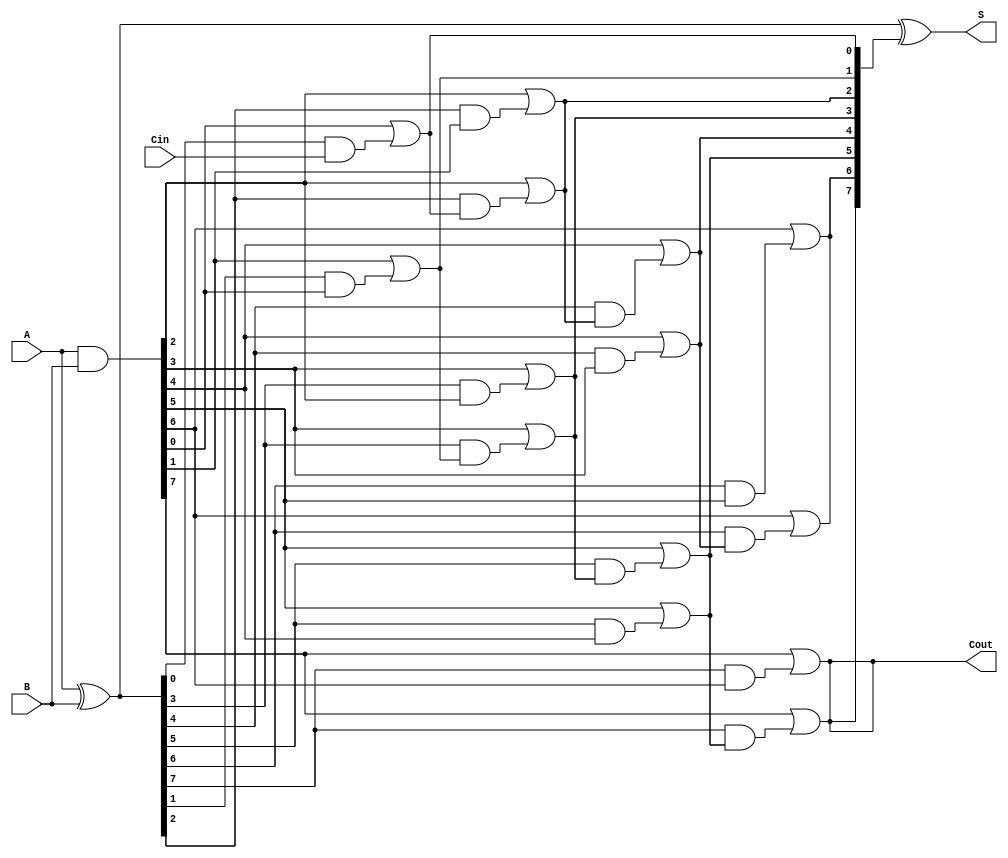
module SklanskyAdder #(parameter N = 8) (
    input  wire [N-1:0] A,         // First n-bit input
    input  wire [N-1:0] B,         // Second n-bit input
    input  wire       Cin,          // Carry-in
    output wire [N-1:0] S,          // n-bit sum output
    output wire       Cout          // Carry-out
);

    // Generate and Propagate signals
    wire [N-1:0] G; // Generate signal
    wire [N-1:0] P; // Propagate signal
    wire [N:0] C;   // Carry signals

    // Generate and Propagate calculations
    assign G = A & B;           // G_i = A_i & B_i
    assign P = A ^ B;           // P_i = A_i ^ B_i

    // Carry signal calculations
    assign C[0] = Cin;          // Initial carry-in
    genvar i;
    
    // Level 1 Carry Calculations
    generate
        for (i = 0; i < N; i = i + 1) begin: carry_level_1
            if (i == 0) begin
                assign C[i + 1] = G[i] | (P[i] & C[0]); // C_1
            end else begin
                assign C[i + 1] = G[i] | (P[i] & G[i - 1]); // C_i
            end
        end
    endgenerate

    // Level 2 Carry Calculations
    generate
        for (i = 1; i < N; i = i + 1) begin: carry_level_2
            if (i > 1) begin
                assign C[i + 1] = G[i] | (P[i] & C[i - 1]); // Carry propagation for higher levels
            end
        end
    endgenerate

    // Sum Calculation
    assign S = P ^ C[N:1];        // S_i = P_i ^ C_i

    // Final carry-out
    assign Cout = C[N];           // Cout from the last carry signal

endmodule